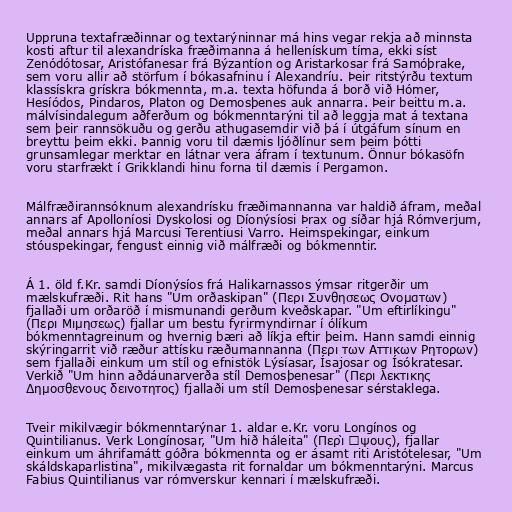
Uppruna textafræðinnar og textarýninnar má hins vegar rekja að minnsta
kosti aftur til alexandríska fræðimanna á hellenískum tíma, ekki síst
Zenódótosar, Aristófanesar frá Býzantíon og Aristarkosar frá Samóþrake,
sem voru allir að störfum í bókasafninu í Alexandríu. Þeir ritstýrðu textum
klassískra grískra bókmennta, m.a. texta höfunda á borð við Hómer,
Hesíódos, Pindaros, Platon og Demosþenes auk annarra. Þeir beittu m.a.
málvísindalegum aðferðum og bókmenntarýni til að leggja mat á textana
sem þeir rannsökuðu og gerðu athugasemdir við þá í útgáfum sínum en
breyttu þeim ekki. Þannig voru til dæmis ljóðlínur sem þeim þótti
grunsamlegar merktar en látnar vera áfram í textunum. Önnur bókasöfn
voru starfrækt í Grikklandi hinu forna til dæmis í Pergamon.

Málfræðirannsóknum alexandrísku fræðimannanna var haldið áfram, meðal
annars af Apolloníosi Dyskolosi og Díonýsíosi Þrax og síðar hjá Rómverjum,
meðal annars hjá Marcusi Terentiusi Varro. Heimspekingar, einkum
stóuspekingar, fengust einnig við málfræði og bókmenntir.

Á 1. öld f.Kr. samdi Díonýsíos frá Halikarnassos ýmsar ritgerðir um
mælskufræði. Rit hans "Um orðaskipan" (Περι Συνθησεως Ονοματων)
fjallaði um orðaröð í mismunandi gerðum kveðskapar. "Um eftirlíkingu"
(Περι Μιμησεως) fjallar um bestu fyrirmyndirnar í ólíkum
bókmenntagreinum og hvernig bæri að líkja eftir þeim. Hann samdi einnig
skýringarrit við ræður attísku ræðumannanna (Περι των Αττικων Ρητορων)
sem fjallaði einkum um stíl og efnistök Lýsíasar, Ísajosar og Ísókratesar.
Verkið "Um hinn aðdáunarverða stíl Demosþenesar" (Περι λεκτικης
Δημοσθενους δεινοτητος) fjallaði um stíl Demosþenesar sérstaklega.

Tveir mikilvægir bókmenntarýnar 1. aldar e.Kr. voru Longínos og
Quintilianus. Verk Longínosar, "Um hið háleita" (Περὶ ὕψους), fjallar
einkum um áhrifamátt góðra bókmennta og er ásamt riti Aristótelesar, "Um
skáldskaparlistina", mikilvægasta rit fornaldar um bókmenntarýni. Marcus
Fabius Quintilianus var rómverskur kennari í mælskufræði.